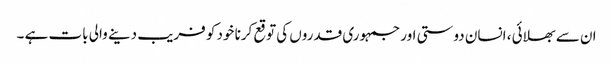
ان سے بھلائی ، انسان دوستی اور جمہوری قدروں کی توقع کرنا خود کو فریب دینے والی بات ہے ۔